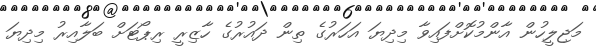
މަޖިލީހުން އާންމުކޮށްފައިވާ މިދިޔަ އަހަރުގެ ތިން ދައުރުގެ ހާޒިރީ ރިޕޯޓަށް ބަލާއިރު މިދިޔަ